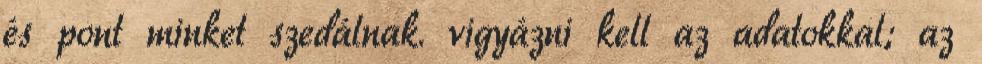
és pont minket szedálnak. vigyázni kell az adatokkal; az